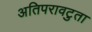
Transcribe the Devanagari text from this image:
अतिपरावटुता